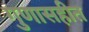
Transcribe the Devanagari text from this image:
गुणासहीत